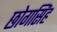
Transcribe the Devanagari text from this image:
छोगसिंह